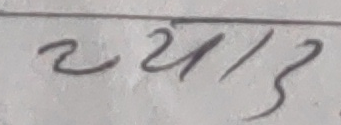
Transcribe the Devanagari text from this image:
२१/३